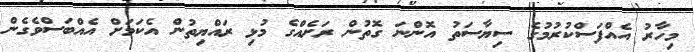
މިހާރު އެއްފަސްކުރުމުގެ ސިޔާސަތު އޮންނަ ގޮތުން ރަށެއްގެ މުޅި ރައްޔިތުން އެކަމަށް އެއްބަސްވެގެން